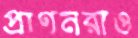
প্রাণনরাও